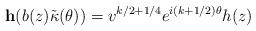
LaTeX: \begin{align*} \mathbf h(b(z)\tilde{\kappa}(\theta)) = v^{k/2+1/4}e^{i(k+1/2)\theta}h(z)\end{align*}